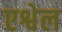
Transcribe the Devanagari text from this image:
एश्वेल